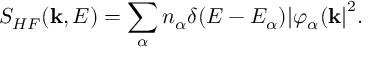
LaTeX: S _ { H F } ( { \bf k } , E ) = \sum _ { \alpha } n _ { \alpha } \delta ( E - E _ { \alpha } ) { \vert \varphi _ { \alpha } ( { \bf k } \vert } ^ { 2 } .